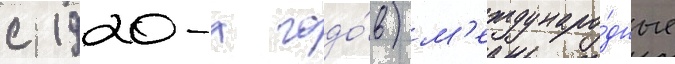
с 1920-х годо́в) м'еждунаро́дные